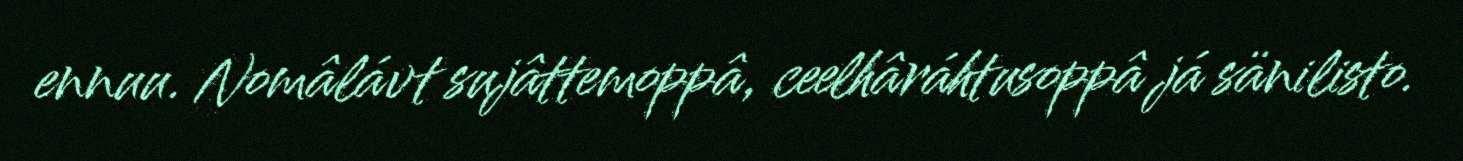
ennuu. Nomâlávt sujâttemoppâ, ceelhâráhtusoppâ já sänilisto.